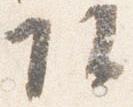
頭